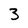
Character: 3